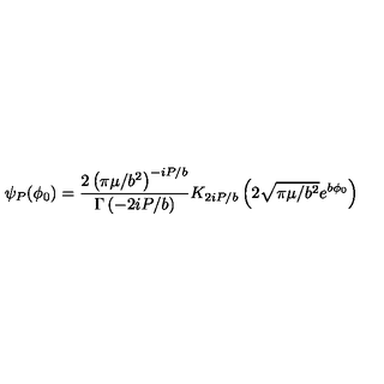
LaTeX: \psi _ { P } ( \phi _ { 0 } ) = \frac { 2 \left( \pi \mu / b ^ { 2 } \right) ^ { - i P / b } } { \Gamma \left( - 2 i P / b \right) } K _ { 2 i P / b } \left( 2 \sqrt { \pi \mu / b ^ { 2 } } e ^ { b \phi _ { 0 } } \right)